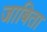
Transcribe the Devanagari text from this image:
जाबिता